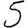
Digit: 5